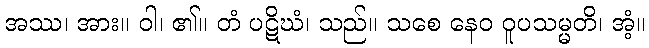
အဿ၊ အား။ ဝါ၊ ၏။ တံ ပဋိဃံ၊ သည်။ သစေ နေဝ ဝူပသမ္မတိ၊ အံ့။